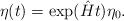
LaTeX: \begin{align*}\eta(t)=\exp (\hat{H}t)\eta_0.\end{align*}